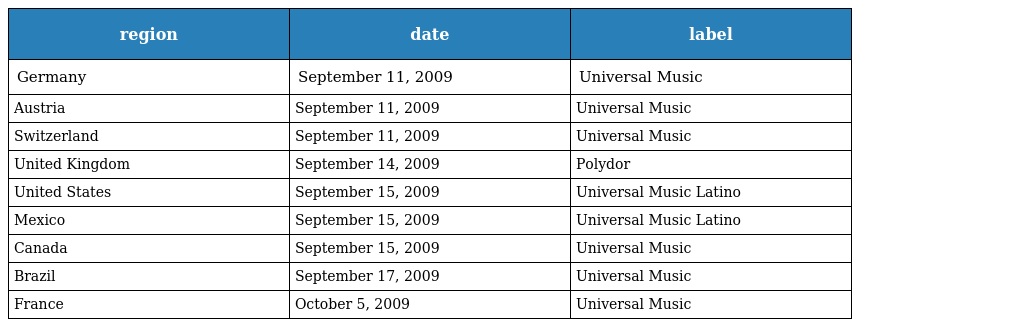
| region | date | label |
 | --- | --- | --- |
 | Germany | September 11, 2009 | Universal Music |
 | Austria | September 11, 2009 | Universal Music |
 | Switzerland | September 11, 2009 | Universal Music |
 | United Kingdom | September 14, 2009 | Polydor |
 | United States | September 15, 2009 | Universal Music Latino |
 | Mexico | September 15, 2009 | Universal Music Latino |
 | Canada | September 15, 2009 | Universal Music |
 | Brazil | September 17, 2009 | Universal Music |
 | France | October 5, 2009 | Universal Music |